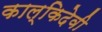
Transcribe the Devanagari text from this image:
काल्किदेवी